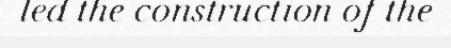
led the construction of the